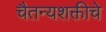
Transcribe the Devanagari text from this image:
चैतन्यशक्तीचे